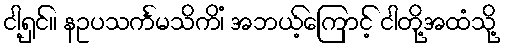
ငါ့ရှင်။ နဥပသင်္ကမသိကိံ၊ အဘယ့်ကြောင့် ငါတို့အထံသို့